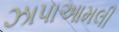
ઝાપાઆમલી